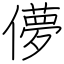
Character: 儚